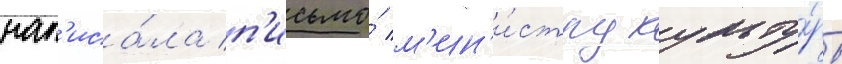
нап'иса́ла п'исьмо́ м'ин'и́стру культу́ры